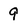
Character: 9